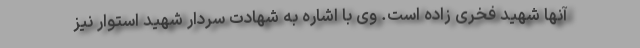
آنها شهید فخری زاده است. وی با اشاره به شهادت سردار شهید استوار نیز